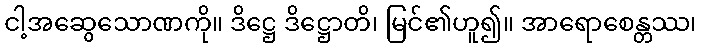
ငါ့အဆွေသောဏကို။ ဒိဋ္ဌေ ဒိဋ္ဌောတိ၊ မြင်၏ဟူ၍။ အာရောစေန္တဿ၊